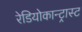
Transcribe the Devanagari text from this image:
रेडियोकान्ट्रास्ट